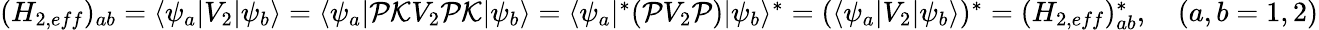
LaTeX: \begin{array}{r}{(H_{2,eff})_{ab}=\langle\psi_{a}|V_{2}|\psi_{b}\rangle=\langle\psi_{a}|\mathcal P\mathcal KV_{2}\mathcal P\mathcal K|\psi_{b}\rangle=\langle\psi_{a}|^{\ast}(\mathcal PV_{2}\mathcal P)|\psi_{b}\rangle^{\ast}=(\langle\psi_{a}|V_{2}|\psi_{b}\rangle)^{\ast}=(H_{2,eff})_{ab}^{\ast},\quad(a,b=1,2)}\end{array}